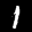
Label: 1